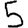
Digit: 5